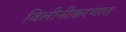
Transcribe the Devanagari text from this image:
विलीनीकरणात